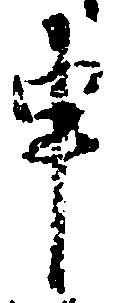
申